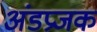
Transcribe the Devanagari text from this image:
अंडप्रजक